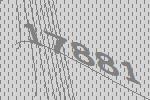
17881